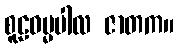
စူဠဓမ္မပါလ ဇာတက။